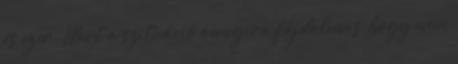
és ezer. Mert a szituáció annyira fájdalmas, hogy nem